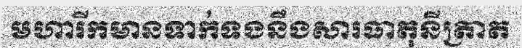
មហារីកមានទាក់ទងនឹងសារធាតុនីត្រាត